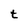
Character: t